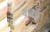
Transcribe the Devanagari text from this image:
बबई।